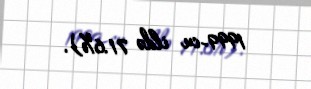
1999-cu ildə 71.6%).